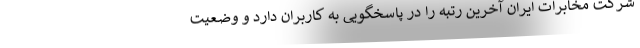
شرکت مخابرات ایران آخرین رتبه را در پاسخگویی به کاربران دارد و وضعیت